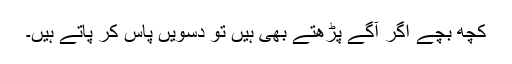
کچھ بچّے اگر آگے پڑھتے بھی ہیں تو دسویں پاس کر پاتے ہیں۔